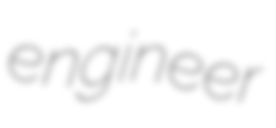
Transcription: engineer